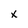
Character: x